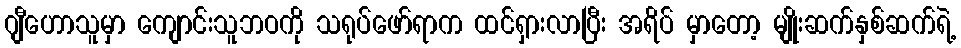
ဂျီဟောသူမှာ ကျောင်းသူဘဝကို သရုပ်ဖော်ရာက ထင်ရှားလာပြီး အရိပ် မှာတော့ မျိုးဆက်နှစ်ဆက်ရဲ့